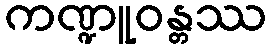
ကဏ္ဍူဝန္တဿ